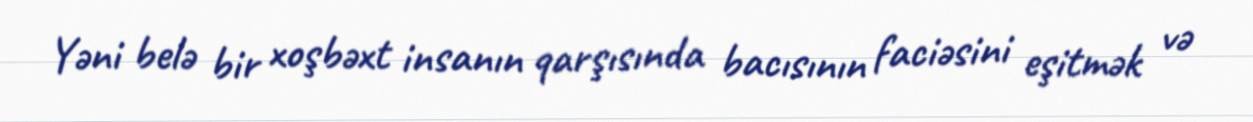
Yəni belə bir xoşbəxt insanın qarşısında bacısının faciəsini eşitmək və